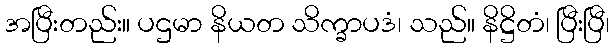
အပြီးတည်း။ ပဌမာ နိယတ သိက္ခာပဒံ၊ သည်။ နိဋ္ဌိတံ၊ ပြီးပြီ၊